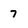
Character: 7